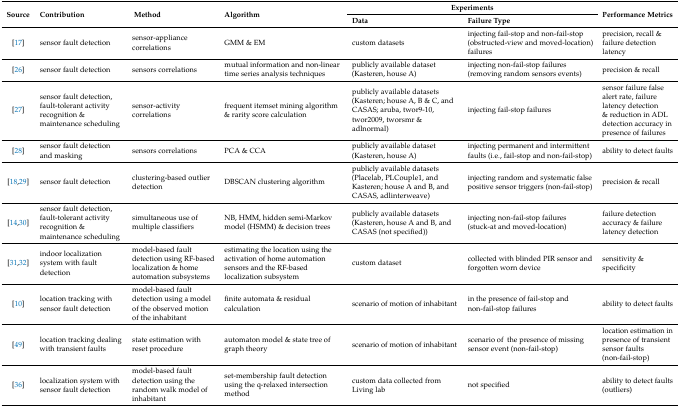
<table><thead><tr><td rowspan="2"><b>Source</b></td><td rowspan="2"><b>Contribution</b></td><td rowspan="2"><b>Method</b></td><td rowspan="2"><b>Algorithm</b></td><td colspan="2"><b>Experiments</b></td><td rowspan="2"><b>Performance Metrics</b></td></tr><tr><td><b>Data</b></td><td><b>Failure Type</b></td></tr></thead><tbody><tr><td>[17]</td><td>sensor fault detection</td><td>sensor-appliance correlations</td><td>GMM &amp; EM</td><td>custom datasets</td><td>injecting fail-stop and non-fail-stop (obstructed-view and moved-location) failures</td><td>precision, recall &amp; failure detection latency</td></tr><tr><td>[26]</td><td>sensor fault detection</td><td>sensors correlations</td><td>mutual information and non-linear time series analysis techniques</td><td>publicly available dataset (Kasteren, house A)</td><td>injecting non-fail-stop failures (removing random sensors events)</td><td>precision &amp; recall</td></tr><tr><td>[27]</td><td>sensor fault detection, fault-tolerant activity recognition &amp; maintenance scheduling</td><td>sensor-activity correlations</td><td>frequent itemset mining algorithm &amp; rarity score calculation</td><td>publicly available datasets (Kasteren; house A, B &amp; C, and CASAS; aruba, twor9-10, twor2009, tworsmr &amp; adlnormal)</td><td>injecting fail-stop failures</td><td>sensor failure false alert rate, failure latency detection &amp; reduction in ADL detection accuracy in presence of failures</td></tr><tr><td>[28]</td><td>sensor fault detection and masking</td><td>sensors correlations</td><td>PCA &amp; CCA</td><td>publicly available dataset (Kasteren, house A)</td><td>injecting permanent and intermittent faults (i.e., fail-stop and non-fail-stop)</td><td>ability to detect faults</td></tr><tr><td>[18,29]</td><td>sensor fault detection</td><td>clustering-based outlier detection</td><td>DBSCAN clustering algorithm</td><td>publicly available datasets (Placelab, PLCouple1, and Kasteren; house A and B, and CASAS, adlinterweave)</td><td>injecting random and systematic false positive sensor triggers (non-fail-stop)</td><td>precision &amp; recall</td></tr><tr><td>[14,30]</td><td>sensor fault detection, fault-tolerant activity recognition &amp; maintenance scheduling</td><td>simultaneous use of multiple classifiers</td><td>NB, HMM, hidden semi-Markov model (HSMM) &amp; decision trees</td><td>publicly available datasets (Kasteren, house A and B, and CASAS (not specified))</td><td>injecting non-fail-stop failures (stuck-at and moved-location)</td><td>failure detection accuracy &amp; failure latency detection</td></tr><tr><td>[31,32]</td><td>indoor localization system with fault detection</td><td>model-based fault detection using RF-based localization &amp; home automation subsystems</td><td>estimating the location using the activation of home automation sensors and the RF-based localization subsystem</td><td>custom dataset</td><td>collected with blinded PIR sensor and forgotten worn device</td><td>sensitivity &amp; specificity</td></tr><tr><td>[10]</td><td>location tracking with sensor fault detection</td><td>model-based fault detection using a model of the observed motion of the inhabitant</td><td>finite automata &amp; residual calculation</td><td>scenario of motion of inhabitant</td><td>in the presence of fail-stop and non-fail-stop failures</td><td>ability to detect faults</td></tr><tr><td>[49]</td><td>location tracking dealing with transient faults</td><td>state estimation with reset procedure</td><td>automaton model &amp; state tree of graph theory</td><td>scenario of motion of inhabitant</td><td>scenario of the presence of missing sensor event (non-fail-stop)</td><td>location estimation in presence of transient sensor faults (non-fail-stop)</td></tr><tr><td>[36]</td><td>localization system with sensor fault detection</td><td>model-based fault detection using the random walk model of inhabitant</td><td>set-membership fault detection using the q-relaxed intersection method</td><td>custom data collected from Living lab</td><td>not specified</td><td>ability to detect faults (outliers)</td></tr></tbody></table>